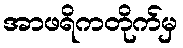
အာဖရိကတိုက်မှ